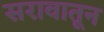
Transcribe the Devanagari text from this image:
सरावातून